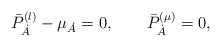
\begin{align*}\bar{P}^{(\l )}_{\dot{A}} - \mu_{\dot{A}}= 0, \qquad\bar{P}^{(\mu )}_{\dot{A}} = 0,\end{align*}